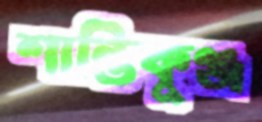
শান্তিকুঞ্জ